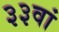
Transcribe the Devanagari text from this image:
३३वां